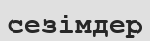
сезімдер